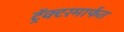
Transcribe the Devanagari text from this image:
ट्रॅक्टरमार्फत